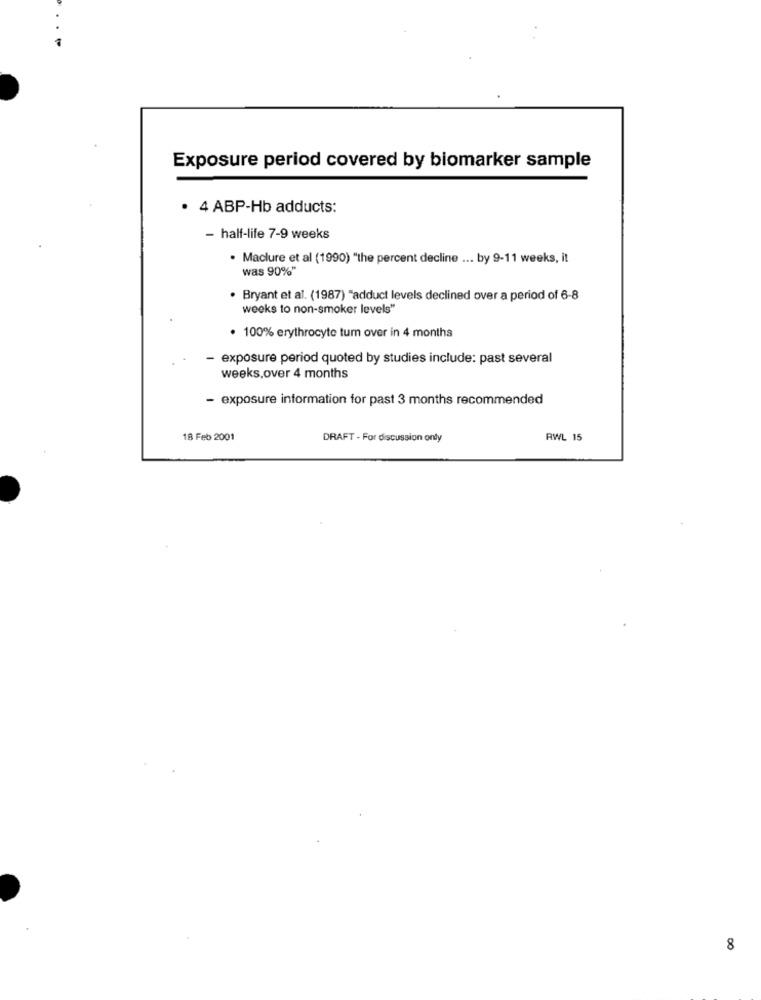
Exposure period covered by biomarker sample
· 4 ABP-Hb adducts:
- half-life 7-9 weeks
. Maclure et al (1990) "the percent decline ... by 9-11 weeks, it
was 90%"
· Bryant et al. (1987) "adduct levels declined over a period of 6-8
weeks to non-smoker levels"
. 100% erythrocyte tum over in 4 months
- exposure period quoted by studies include: past several
weeks,over 4 months
- exposure information for past 3 months recommended
18 Feb 2001
DRAFT - For discussion ondy
RWL 15
8